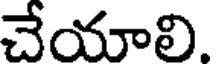
చేయాలి.